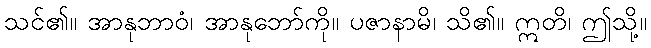
သင်၏။ အာနုဘာဝံ၊ အာနုဘော်ကို။ ပဇာနာမိ၊ သိ၏။ ဣတိ၊ ဤသို့။